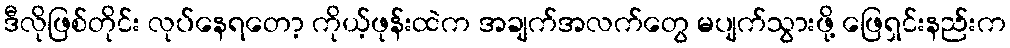
ဒီလိုဖြစ်တိုင်း လုပ်နေရတော့ ကိုယ့်ဖုန်းထဲက အချက်အလက်တွေ မပျက်သွားဖို့ ဖြေရှင်းနည်းက